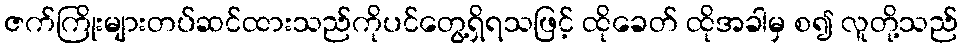
ဇက်ကြိုးများတပ်ဆင်ထားသည်ကိုပင်တွေ့ရှိရသဖြင့် ထိုခေတ် ထိုအခါမှ စ၍ လူတို့သည်